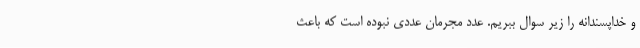
و خداپسندانه را زیر سوال ببریم. عدد مجرمان عددی نبوده است که باعث